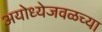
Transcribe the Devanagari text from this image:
अयोध्येजवळच्या